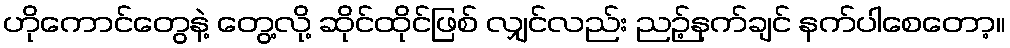
ဟိုကောင်တွေနဲ့ တွေ့လို့ ဆိုင်ထိုင်ဖြစ် လျှင်လည်း ညဉ့်နက်ချင် နက်ပါစေတော့။